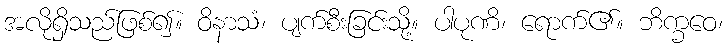
အလိုရှိသည်ဖြစ်၍။ ဝိနာသံ၊ ပျက်စီးခြင်းသို့။ ပါပုဏိ၊ ရောက်၏။ ဘိက္ခဝေ၊